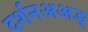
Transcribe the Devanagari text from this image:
दर्शनअअङ्